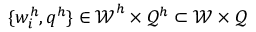
\{ w _ { i } ^ { h } , q ^ { h } \} \in \boldsymbol { \mathcal { W } } ^ { h } \times \mathcal { Q } ^ { h } \subset \boldsymbol { \mathcal { W } } \times \mathcal { Q }